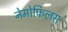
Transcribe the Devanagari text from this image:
नेमोफिलस